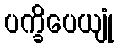
ပက္ခိပေယျုံ